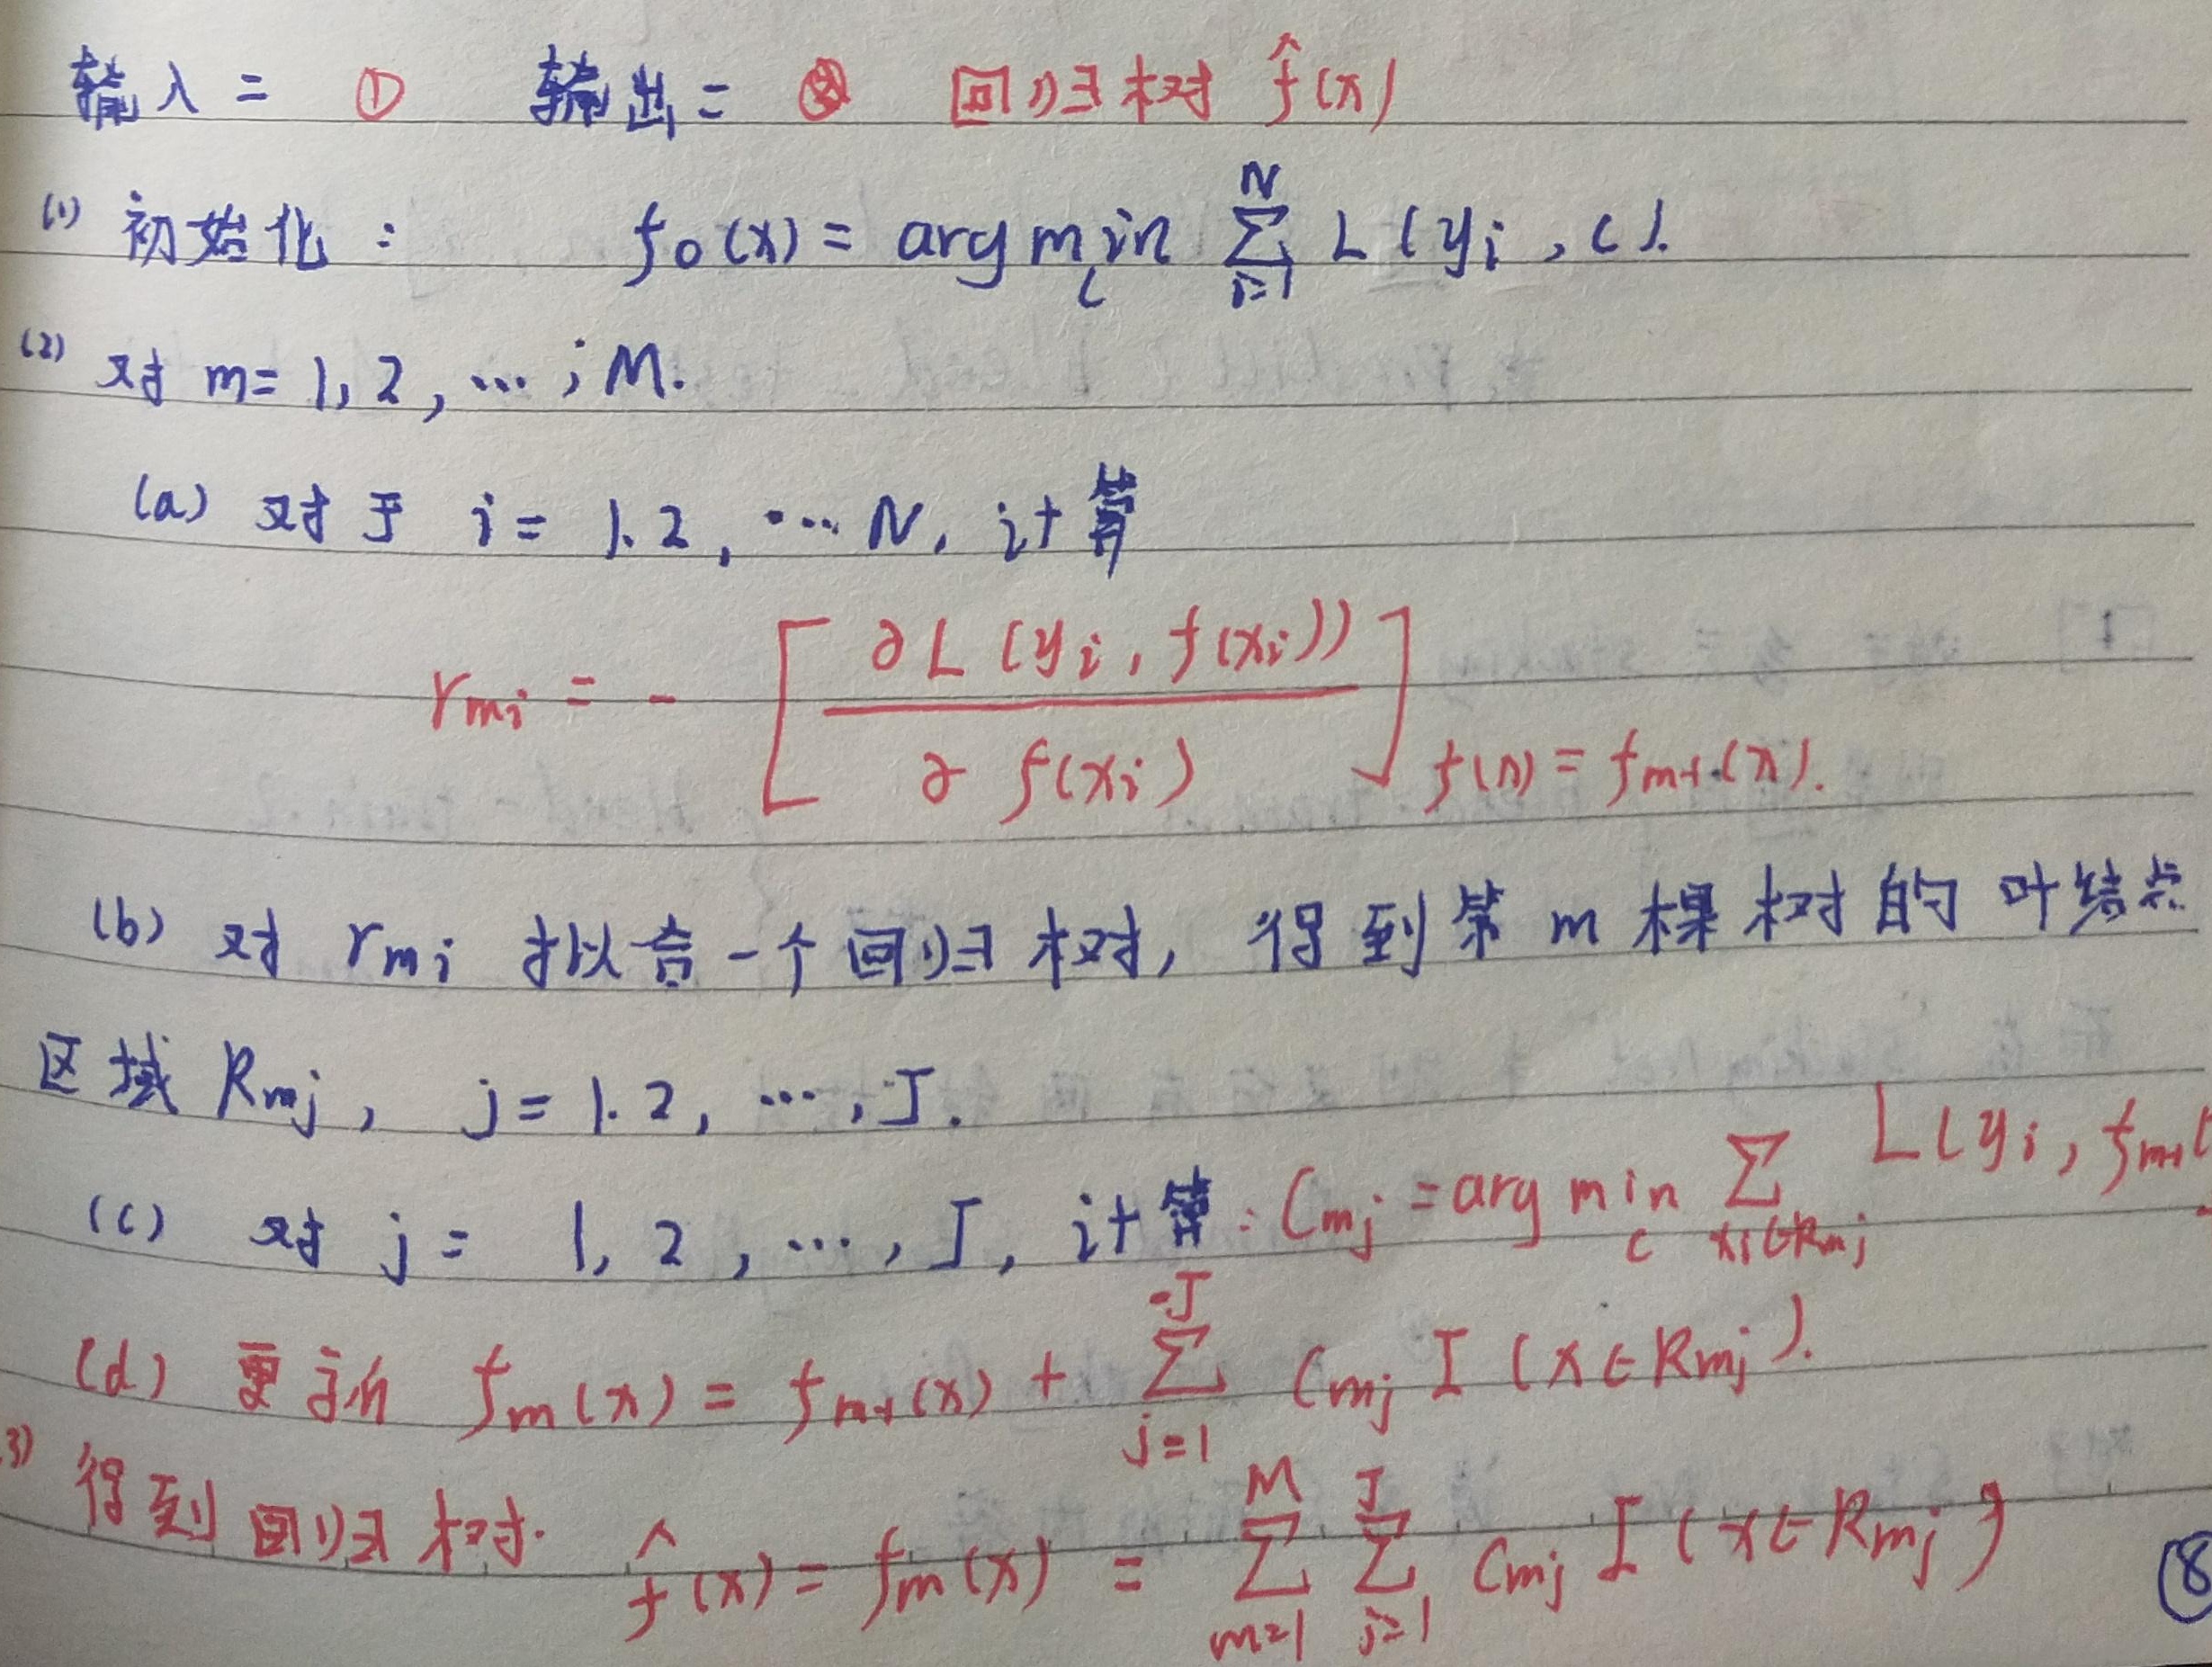
输入 = \textcircled{1}
输出 = \textcircled{2} 回归树 $\hat{f}(x)$

(1) 初始化：
\[
f_0(x)=\underset{c}{\arg\min}\sum_{i = 1}^{N}L(y_i,c)
\]

(2) 对 \(m = 1,2,\cdots,M\)：
  (a) 对于 \(i = 1,2,\cdots,N\)，计算
\[
r_{mi}=-\left[\frac{\partial L(y_i,f(x_i))}{\partial f(x_i)}\right]_{f(x)=f_{m - 1}(x)}
\]
  (b) 对 \(r_{mi}\) 拟合一个回归树，得到第 \(m\) 棵树的叶结点区域 \(R_{mj}\)，\(j = 1,2,\cdots,J\)。
  (c) 对 \(j = 1,2,\cdots,J\)，计算
\[
c_{mj}=\underset{c}{\arg\min}\sum_{x_i\in R_{mj}}L(y_i,f_{m - 1}(x_i)+c)
\]
  (d) 更新
\[
f_m(x)=f_{m - 1}(x)+\sum_{j = 1}^{J}c_{mj}I(x\in R_{mj})
\]

(3) 得到回归树：
\[
\hat{f}(x)=f_M(x)=\sum_{m = 1}^{M}\sum_{j = 1}^{J}c_{mj}I(x\in R_{mj})
\]